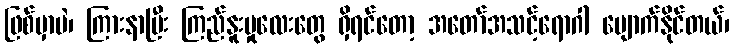
ဖြစ်မှာပဲ၊ ကြားနာပြီး ကြည်နူးမှုလေးတွေ ရှိရင်တော့ အတော်အသင့်ရောဂါ ပျောက်နိုင်တယ်၊